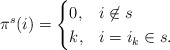
\begin{align*} \pi^s(i) = \begin{cases} 0, & i \not\in s\\ k, & i = i_k \in s. \end{cases} \end{align*}